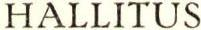
HALLITUS